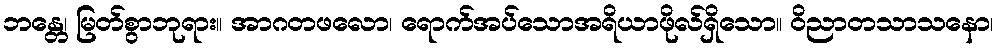
ဘန္တေ၊ မြတ်စွာဘုရား။ အာဂတဖလော၊ ရောက်အပ်သောအရိယာဖိုလ်ရှိသော။ ဝိညာတသာသနော၊